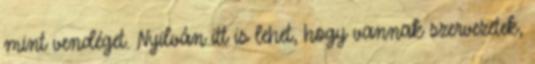
mint vendéget. Nyilván itt is lehet, hogy vannak szervezetek,